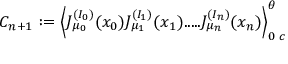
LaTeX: C _ { n + 1 } : = \Big \langle J _ { \mu _ { 0 } } ^ { ( I _ { 0 } ) } ( x _ { 0 } ) J _ { \mu _ { 1 } } ^ { ( I _ { 1 } ) } ( x _ { 1 } ) . . . . . J _ { \mu _ { n } } ^ { ( I _ { n } ) } ( x _ { n } ) \Big \rangle _ { 0 \; c } ^ { \theta }